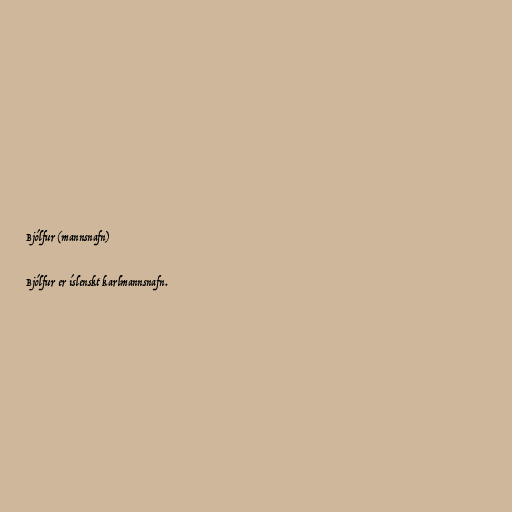
Bjólfur (mannsnafn)

Bjólfur er íslenskt karlmannsnafn.